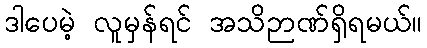
ဒါပေမဲ့ လူမှန်ရင် အသိဉာဏ်ရှိရမယ်။